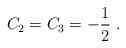
LaTeX: \begin{align*}C_2=C_3=-\frac{1}{2}\ . \end{align*}